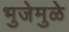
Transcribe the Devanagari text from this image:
भुजेमुळे